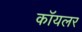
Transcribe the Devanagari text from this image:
कॉयलर